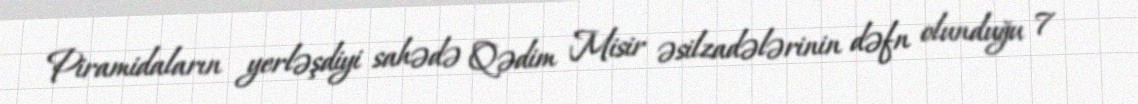
Piramidaların yerləşdiyi sahədə Qədim Misir əsilzadələrinin dəfn olunduğu 7